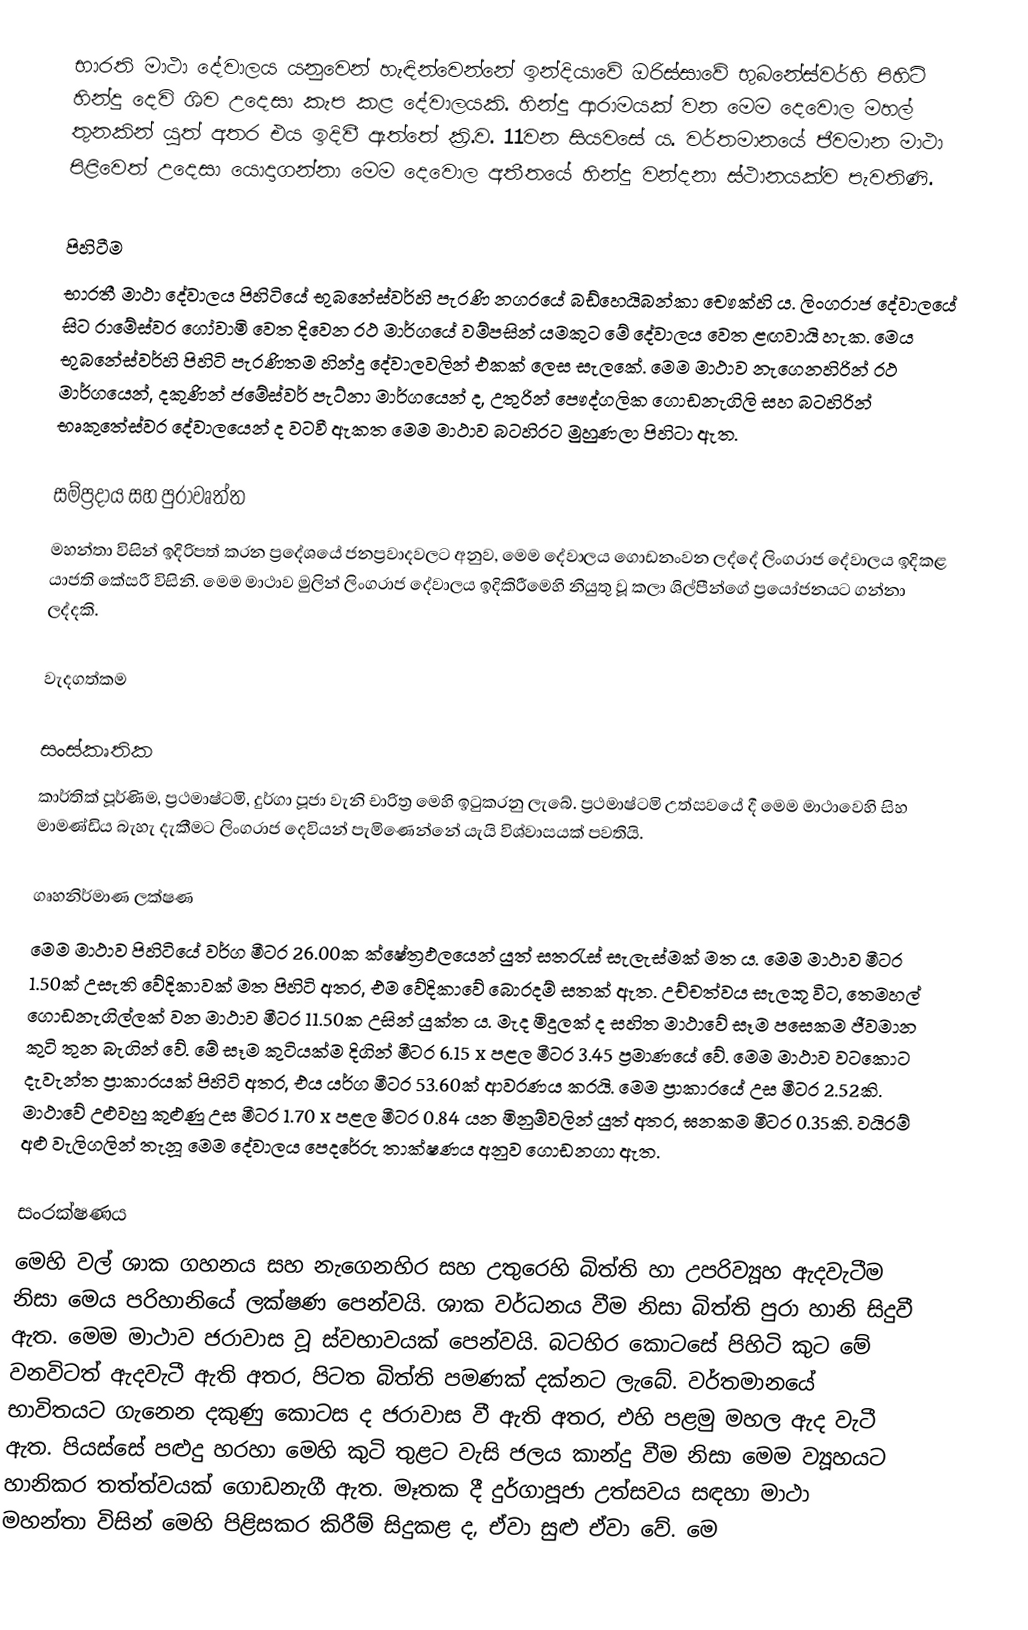
භාරති මාථා දේවාලය යනුවෙන් හැඳින්වෙන්නේ ඉන්දියාවේ ඔරිස්සාවේ භුබනේස්වර්හි පිහිටි හින්දු දෙවි ශිව උදෙසා කැප කළ දේවාලයකි. හින්දු ආරාමයක් වන මෙම දෙවොල මහල් තුනකින් යුත් අතර එය ඉදිවී ඇත්තේ ක්‍රි.ව. 11වන සියවසේ ය. වර්තමානයේ ජීවමාන මාථා පිළිවෙත් උදෙසා යොදාගන්නා මෙම දෙවොල අතීතයේ හින්දු වන්දනා ස්ථානයක්ව පැවතිණි.

පිහිටීම
භාරතී මාථා දේවාලය පිහිටියේ භුබනේස්වර්හි පැරණි නගරයේ බඩ්හෙයිබන්කා චෞක්හි ය. ලිංගරාජ දේවාලයේ සිට රාමේස්වර ගෝවාමි වෙත දිවෙන රථ මාර්ගයේ වම්පසින් යමකුට මේ දේවාලය වෙත ළඟවායි හැක. මෙය භුබනේස්වර්හි පිහිටි පැරණිතම හින්දු දේවාලවලින් එකක් ලෙස සැලකේ. මෙම මාථාව නැගෙනහිරින් රථ මාර්ගයෙන්, දකුණින් ජමේස්වර් පැට්නා මාර්ගයෙන් ද, උතුරින් පෞද්ගලික ගොඩනැගිලි සහ බටහිරින් භෘකුතේස්වර දේවාලයෙන් ද වටවී ඇකත මෙම මාථාව බටහිරට මුහුණලා පිහිටා ඇත.

සම්ප්‍රදාය සහ පුරාවෘත්ත
මහන්තා විසින් ඉදිරිපත් කරන ප්‍රදේශයේ ජනප්‍රවාදවලට අනුව, මෙම දේවාලය ගොඩනංවන ලද්දේ ලිංගරාජ දේවාලය ඉදිකළ යාජති කේසරී විසිනි. මෙම මාථාව මුලින් ලිංගරාජ දේවාලය ඉදිකිරීමෙහි නියුතු වූ කලා ශිල්පීන්ගේ ප්‍රයෝජනයට ගන්නා ලද්දකි.

වැදගත්කම

සංස්කෘතික
කාර්තික් පූර්ණිම, ප්‍රථමාෂ්ටමි, දුර්ගා පූජා වැනි චාරිත්‍ර මෙහි ඉටුකරනු ලැබේ. ප්‍රථමාෂ්ටමි උත්සවයේ දී මෙම මාථාවෙහි සිහ මාමණ්ඩිය බැහැ දැකීමට ලිංගරාජ දෙවියන් පැමිණෙන්නේ යැයි විශ්වාසයක් පවතියි.

ගෘහනිර්මාණ ලක්ෂණ
මෙම මාථාව පිහිටියේ වර්ග මීටර 26.00ක ක්ෂේත්‍රඵලයෙන් යුත් සතරැස් සැලැස්මක් මත ය. මෙම මාථාව මීටර 1.50ක් උසැති වේදිකාවක් මත පිහිටි අතර, එම වේදිකාවේ බොරදම් සතක් ඇත. උච්චත්වය සැලකූ විට, තෙමහල් ගොඩනැගිල්ලක් වන මාථාව මීටර 11.50ක උසින් යුක්ත ය. මැද මිදුලක් ද සහිත මාථාවේ සෑම පසෙකම ජීවමාන කුටි තුන බැගින් වේ. මේ සෑම කුටියක්ම දිගින් මීටර 6.15 x පළල මීටර 3.45 ප්‍රමාණයේ වේ. මෙම මාථාව වටකොට දැවැන්ත ප්‍රාකාරයක් පිහිටි අතර, එය යර්ග මීටර 53.60ක් ආවරණය කරයි. මෙම ප්‍රාකාරයේ උස මීටර 2.52කි. මාථාවේ උළුවහු කුළුණු උස මීටර 1.70 x පළල මීටර 0.84 යන මිනුම්වලින් යුත් අතර, ඝනකම මීටර 0.35කි. වයිරම් අළු වැලිගලින් තැනූ මෙම දේවාලය පෙදරේරු තාක්ෂණය අනුව ගොඩනගා ඇත.

සංරක්ෂණය
මෙහි වල් ශාක ගහනය සහ නැගෙනහිර සහ උතුරෙහි බිත්ති හා උපරිව්‍යූහ ඇදවැටීම නිසා මෙය පරිහානියේ ලක්ෂණ පෙන්වයි. ශාක වර්ධනය වීම නිසා බිත්ති පුරා හානි සිදුවී ඇත. මෙම මාථාව ජරාවාස වූ ස්වභාවයක් පෙන්වයි. බටහිර කොටසේ පිහිටි කුට මේ වනවිටත් ඇදවැටී ඇති අතර, පිටත බිත්ති පමණක් දක්නට ලැබේ. වර්තමානයේ භාවිතයට ගැනෙන දකුණු කොටස ද ජරාවාස වී ඇති අතර, එහි පළමු මහල ඇද වැටී ඇත. පියස්සේ පළුදු හරහා මෙහි කුටි තුළට වැසි ජලය කාන්දු වීම නිසා මෙම ව්‍යූහයට හානිකර තත්ත්වයක් ගොඩනැගී ඇත. මෑතක දී දුර්ගාපූජා උත්සවය සඳහා මාථා මහන්තා විසින් මෙහි පිළිසකර කිරීම් සිදුකළ ද, ඒවා සුළු ඒවා වේ. මෙ